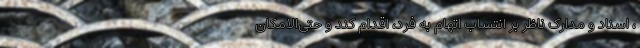
، اسناد و مدارک ناظر بر انتساب اتهام به فرد، اقدام کند و حتی‌الامکان